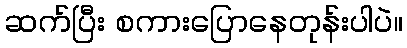
ဆက်ပြီး စကားပြောနေတုန်းပါပဲ။